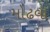
મોઢવા